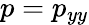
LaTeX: p=p_{yy}